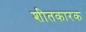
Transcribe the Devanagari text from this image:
शीतकारक